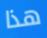
هذا